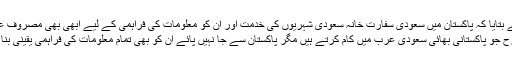
انہوں نے بتایا کہ پاکستان میں سعودی سفارت خانہ سعودی شہریوں کی خدمت اور ان کو معلومات کی فراہمی کے لیے ابھی بھی مصروف عمل ہے.
’اسی طرح جو پاکستانی بھائی سعودی عرب میں کام کرتے ہیں مگر پاکستان سے جا نہیں پائے ان کو بھی تمام معلومات کی فراہمی یقینی بنا رہا ہے۔